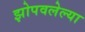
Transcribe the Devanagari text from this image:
झोपवलेल्या